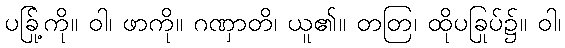
ပခြု့်ကို။ ဝါ၊ ဖာကို။ ဂဏှာတိ၊ ယူ၏။ တတြ၊ ထိုပခြုပ်၌။ ဝါ၊